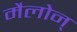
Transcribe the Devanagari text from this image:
मैलोन्